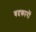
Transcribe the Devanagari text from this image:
बदकारों